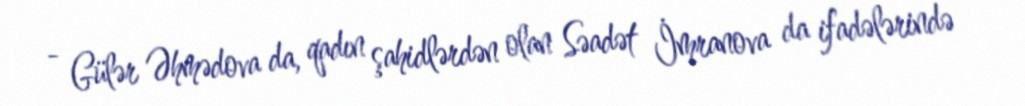
- Gülər Əhmədova da, qadın şahidlərdən olan Səadət İmranova da ifadələrində